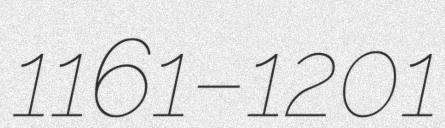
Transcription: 1161–1201